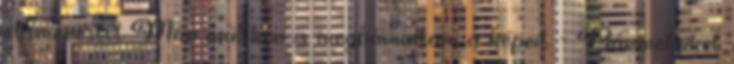
elismeréstől. Már múltkor is megbámultam a képeit. - Bármelyiket